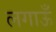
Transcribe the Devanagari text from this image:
लगाऊँ